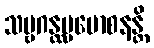
သဗ္ဗဂန္ထပ္ပမောစနန္တိ